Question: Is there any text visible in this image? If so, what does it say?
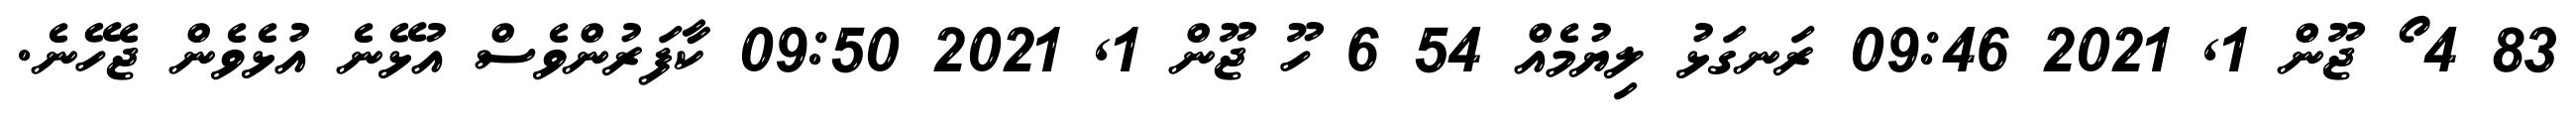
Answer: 83 4 ޯ ޖޫން 1, 2021 09:46 ރަނގަޅު ލިޔުމެއް 54 6 ހޫ ޖޫން 1, 2021 09:50 ކާފަރުންވެސް އުޅޭނެ އުޅެވެން ޖެހޭނެ.